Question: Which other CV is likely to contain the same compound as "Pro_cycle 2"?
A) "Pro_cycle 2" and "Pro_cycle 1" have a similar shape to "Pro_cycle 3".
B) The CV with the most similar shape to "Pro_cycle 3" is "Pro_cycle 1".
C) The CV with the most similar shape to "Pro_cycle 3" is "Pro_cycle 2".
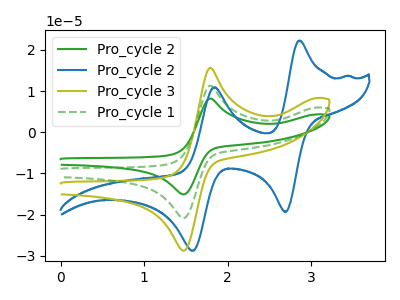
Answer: <think>The green curve "Pro_cycle 2" has an anodic peak at (1.80V, 22.65uA) and a cathodic peak at (1.45V, -41.65uA). The blue curve "Pro_cycle 2" has anodic peaks at (2.85V, 22.25uA) (1.85V, 10.95uA) and cathodic peaks at (2.70V, -19.35uA) (1.60V, -28.80uA). The olive curve "Pro_cycle 3" has an anodic peak at (1.80V, 15.65uA) and a cathodic peak at (1.45V, -28.75uA). The green dashed curve "Pro_cycle 1" has an anodic peak at (1.80V, 11.30uA) and a cathodic peak at (1.45V, -20.85uA).
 "Pro_cycle 2" and "Pro_cycle 2" have a different number of peaks. All the peaks in "Pro_cycle 2" have a peak in "Pro_cycle 3" at the same potential. Every peak in "Pro_cycle 2" is higher than every peak in "Pro_cycle 3". All the peaks in "Pro_cycle 2" have a peak in "Pro_cycle 1" at the same potential. Every peak in "Pro_cycle 2" is higher than every peak in "Pro_cycle 1". "Pro_cycle 2" and "Pro_cycle 3" have a different number of peaks. "Pro_cycle 2" and "Pro_cycle 1" have a different number of peaks. All the peaks in "Pro_cycle 3" have a peak in "Pro_cycle 1" at the same potential. Every peak in "Pro_cycle 3" is higher than every peak in "Pro_cycle 1".</think>
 <answer>A) "Pro_cycle 2" and "Pro_cycle 1" have a similar shape to "Pro_cycle 3".</answer>
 <eval>A</eval>